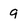
Character: 9